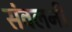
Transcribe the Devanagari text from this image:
संवलनी